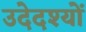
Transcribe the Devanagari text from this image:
उदेदश्यों